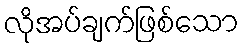
လိုအပ်ချက်ဖြစ်သော